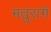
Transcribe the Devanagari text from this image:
मतुरागे